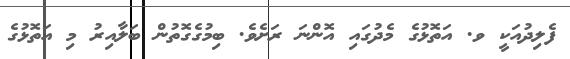
ފެލިދުއަކީ ވ. އަތޮޅުގެ މެދުގައި އޮންނަ ރަށެވެ. ބިމުގެގޮތުން ބަލާއިރު މި އަތޮޅުގެ